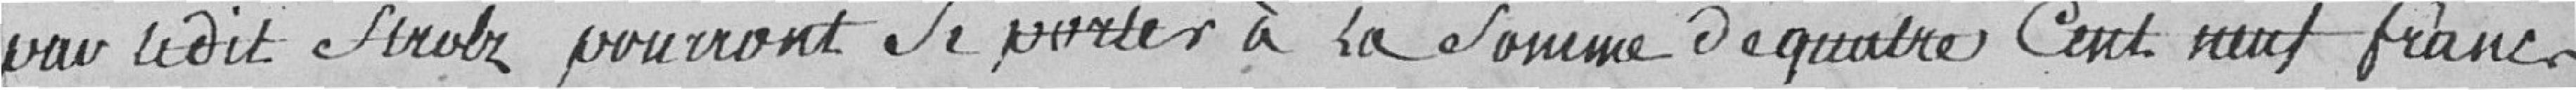
par le dit Arutz pourront Se porter à la Somme de quatre Cent neuf francs